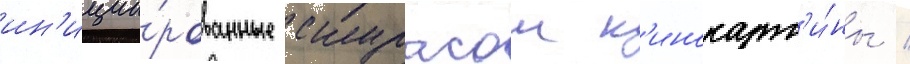
ин'иции́рованные скурасом к'инокарт'и́ны /